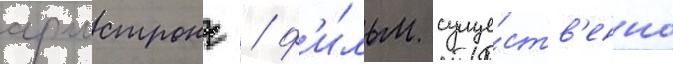
армстронг / ф'и́льм суще́ств'енно